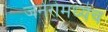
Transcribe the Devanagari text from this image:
जनेरोमध्येच